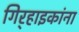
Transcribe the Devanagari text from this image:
गिर्‍हाइकांना